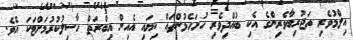
އިލްމުވެރި ތަޖުރިބާވެރިންގެ އެކި ބުއްދިވެރި ހުށަހެޅުންތައް ކިޔައި އެއިން އިބްރަތް ހާސިލުކުރުމަށްޓަކަ އެވެ.